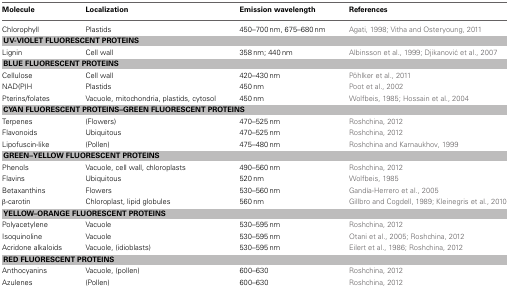
| Molecule | Localization | Emission wavelength | References |
 | --- | --- | --- | --- |
 | Chlorophyll | Plastids | 450–700 nm, 675–680 nm | Agati, 1998; Vitha and Osteryoung, 2011 |
 | <COLSPAN=4> UV-VIOLET FLUORESCENT PROTEINS |
 | Lignin | Cell wall | 358 nm; 440 nm | Albinsson et al., 1999; Djikanović et al., 2007 |
 | <COLSPAN=4> BLUE FLUORESCENT PROTEINS |
 | Cellulose | Cell wall | 420–430 nm | Pöhlker et al., 2011 |
 | NAD(P)H | Plastids | 450 nm | Poot et al., 2002 |
 | Pterins/folates | Vacuole, mitochondria, plastids, cytosol | 450 nm | Wolfbeis, 1985; Hossain et al., 2004 |
 | <COLSPAN=4> CYAN FLUORESCENT PROTEINS–GREEN FLUORESCENT PROTEINS |
 | Terpenes | (Flowers) | 470–525 nm | Roshchina, 2012 |
 | Flavonoids | Ubiquitous | 470–525 nm | Roshchina, 2012 |
 | Lipofuscin-like | (Pollen) | 475–480 nm | Roshchina and Karnaukhov, 1999 |
 | <COLSPAN=4> GREEN–YELLOW FLUORESCENT PROTEINS |
 | Phenols | Vacuole, cell wall, chloroplasts | 490–560 nm | Roshchina, 2012 |
 | Flavins | Ubiquitous | 520 nm | Wolfbeis, 1985 |
 | Betaxanthins | Flowers | 530–560 nm | Gandía-Herrero et al., 2005 |
 | β-carotin | Chloroplast, lipid globules | 560 nm | Gillbro and Cogdell, 1989; Kleinegris et al., 2010 |
 | <COLSPAN=4> YELLOW–ORANGE FLUORESCENT PROTEINS |
 | Polyacetylene | Vacuole | 530–595 nm | Roshchina, 2012 |
 | Isoquinoline | Vacuole | 530–595 nm | Otani et al., 2005; Roshchina, 2012 |
 | Acridone alkaloids | Vacuole, (idioblasts) | 530–595 nm | Eilert et al., 1986; Roshchina, 2012 |
 | <COLSPAN=4> RED FLUORESCENT PROTEINS |
 | Anthocyanins | Vacuole, (pollen) | 600–630 | Roshchina, 2012 |
 | Azulenes | (Pollen) | 600–630 | Roshchina, 2012 |